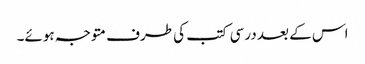
اس کے بعد درسی کتب کی طرف متوجہ ہوئے۔